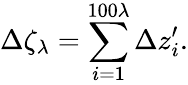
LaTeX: \Delta\zeta_{\lambda}=\sum_{i=1}^{100\lambda}\Delta z_{i}^{\prime}.